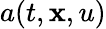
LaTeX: a(t,\mathbf{x},u)